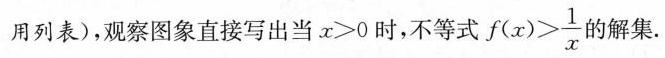
用列表)，观察图象直接写出当$$x > 0$$时，不等式$$f ( x ) > \frac { 1 } { x }$$ 的解集。